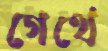
গেথে